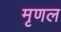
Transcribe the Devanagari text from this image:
मृणल